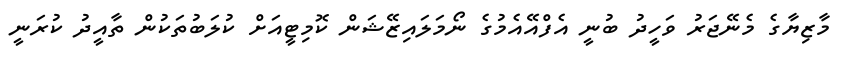
މާޒިޔާގެ މެނޭޖަރު ވަހީދު ބުނީ އެފްއޭއެމުގެ ނޯމަލައިޒޭޝަން ކޮމިޓީއަށް ކުލަބުތަކުން ތާއީދު ކުރަނީ